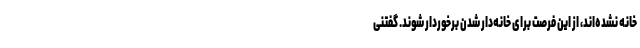
خانه نشده‌اند، از این فرصت برای خانه‌دار شدن برخوردار شوند. گفتنی